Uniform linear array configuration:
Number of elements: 8
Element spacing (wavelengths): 1
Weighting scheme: hamming
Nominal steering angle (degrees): -45
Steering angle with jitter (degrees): -43.244
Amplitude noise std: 0.05
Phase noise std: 0.05

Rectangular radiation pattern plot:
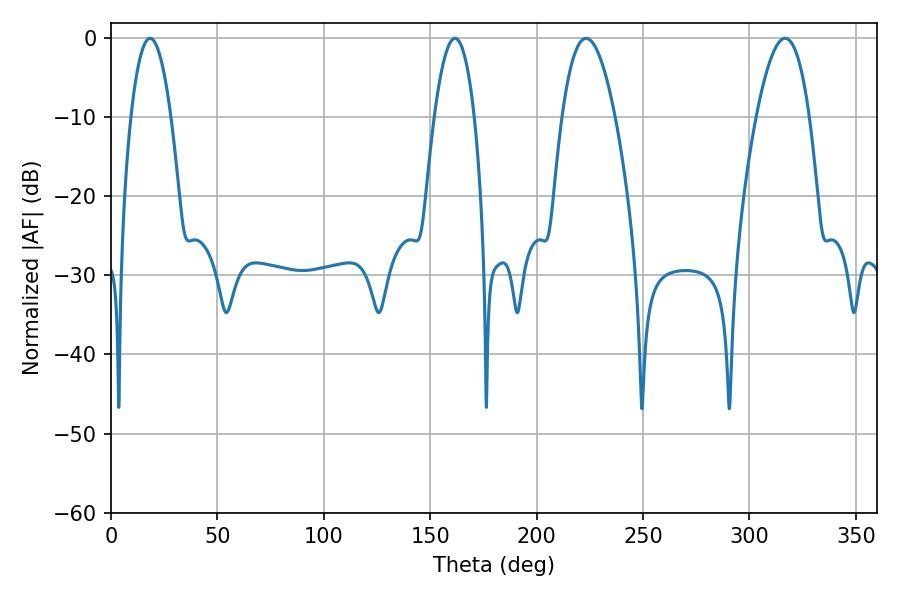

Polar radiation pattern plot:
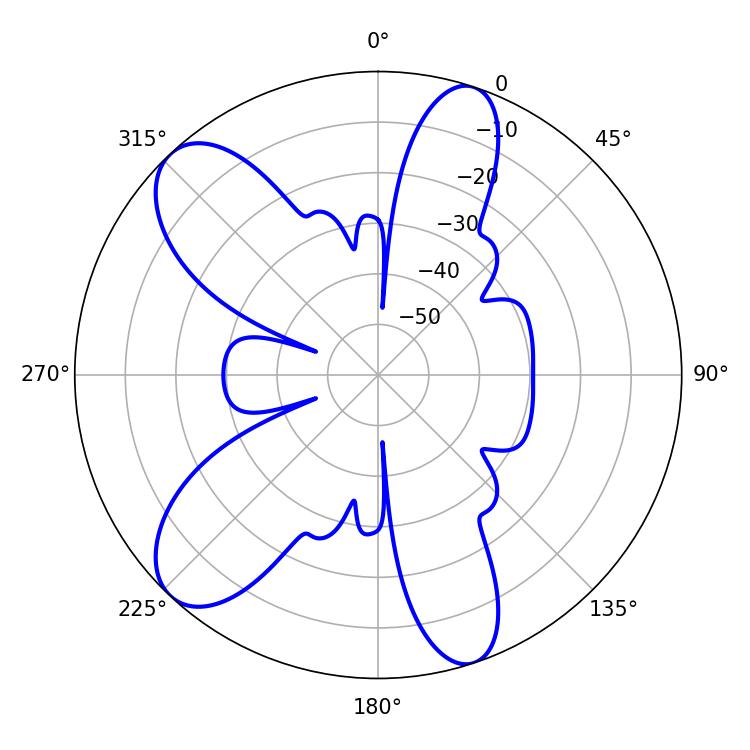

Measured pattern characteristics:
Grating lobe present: TRUE
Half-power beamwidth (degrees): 10.44
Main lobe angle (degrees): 18.36